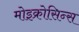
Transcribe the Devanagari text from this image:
मोइक्रोसिन्स